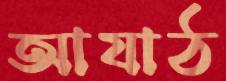
আযাঠ